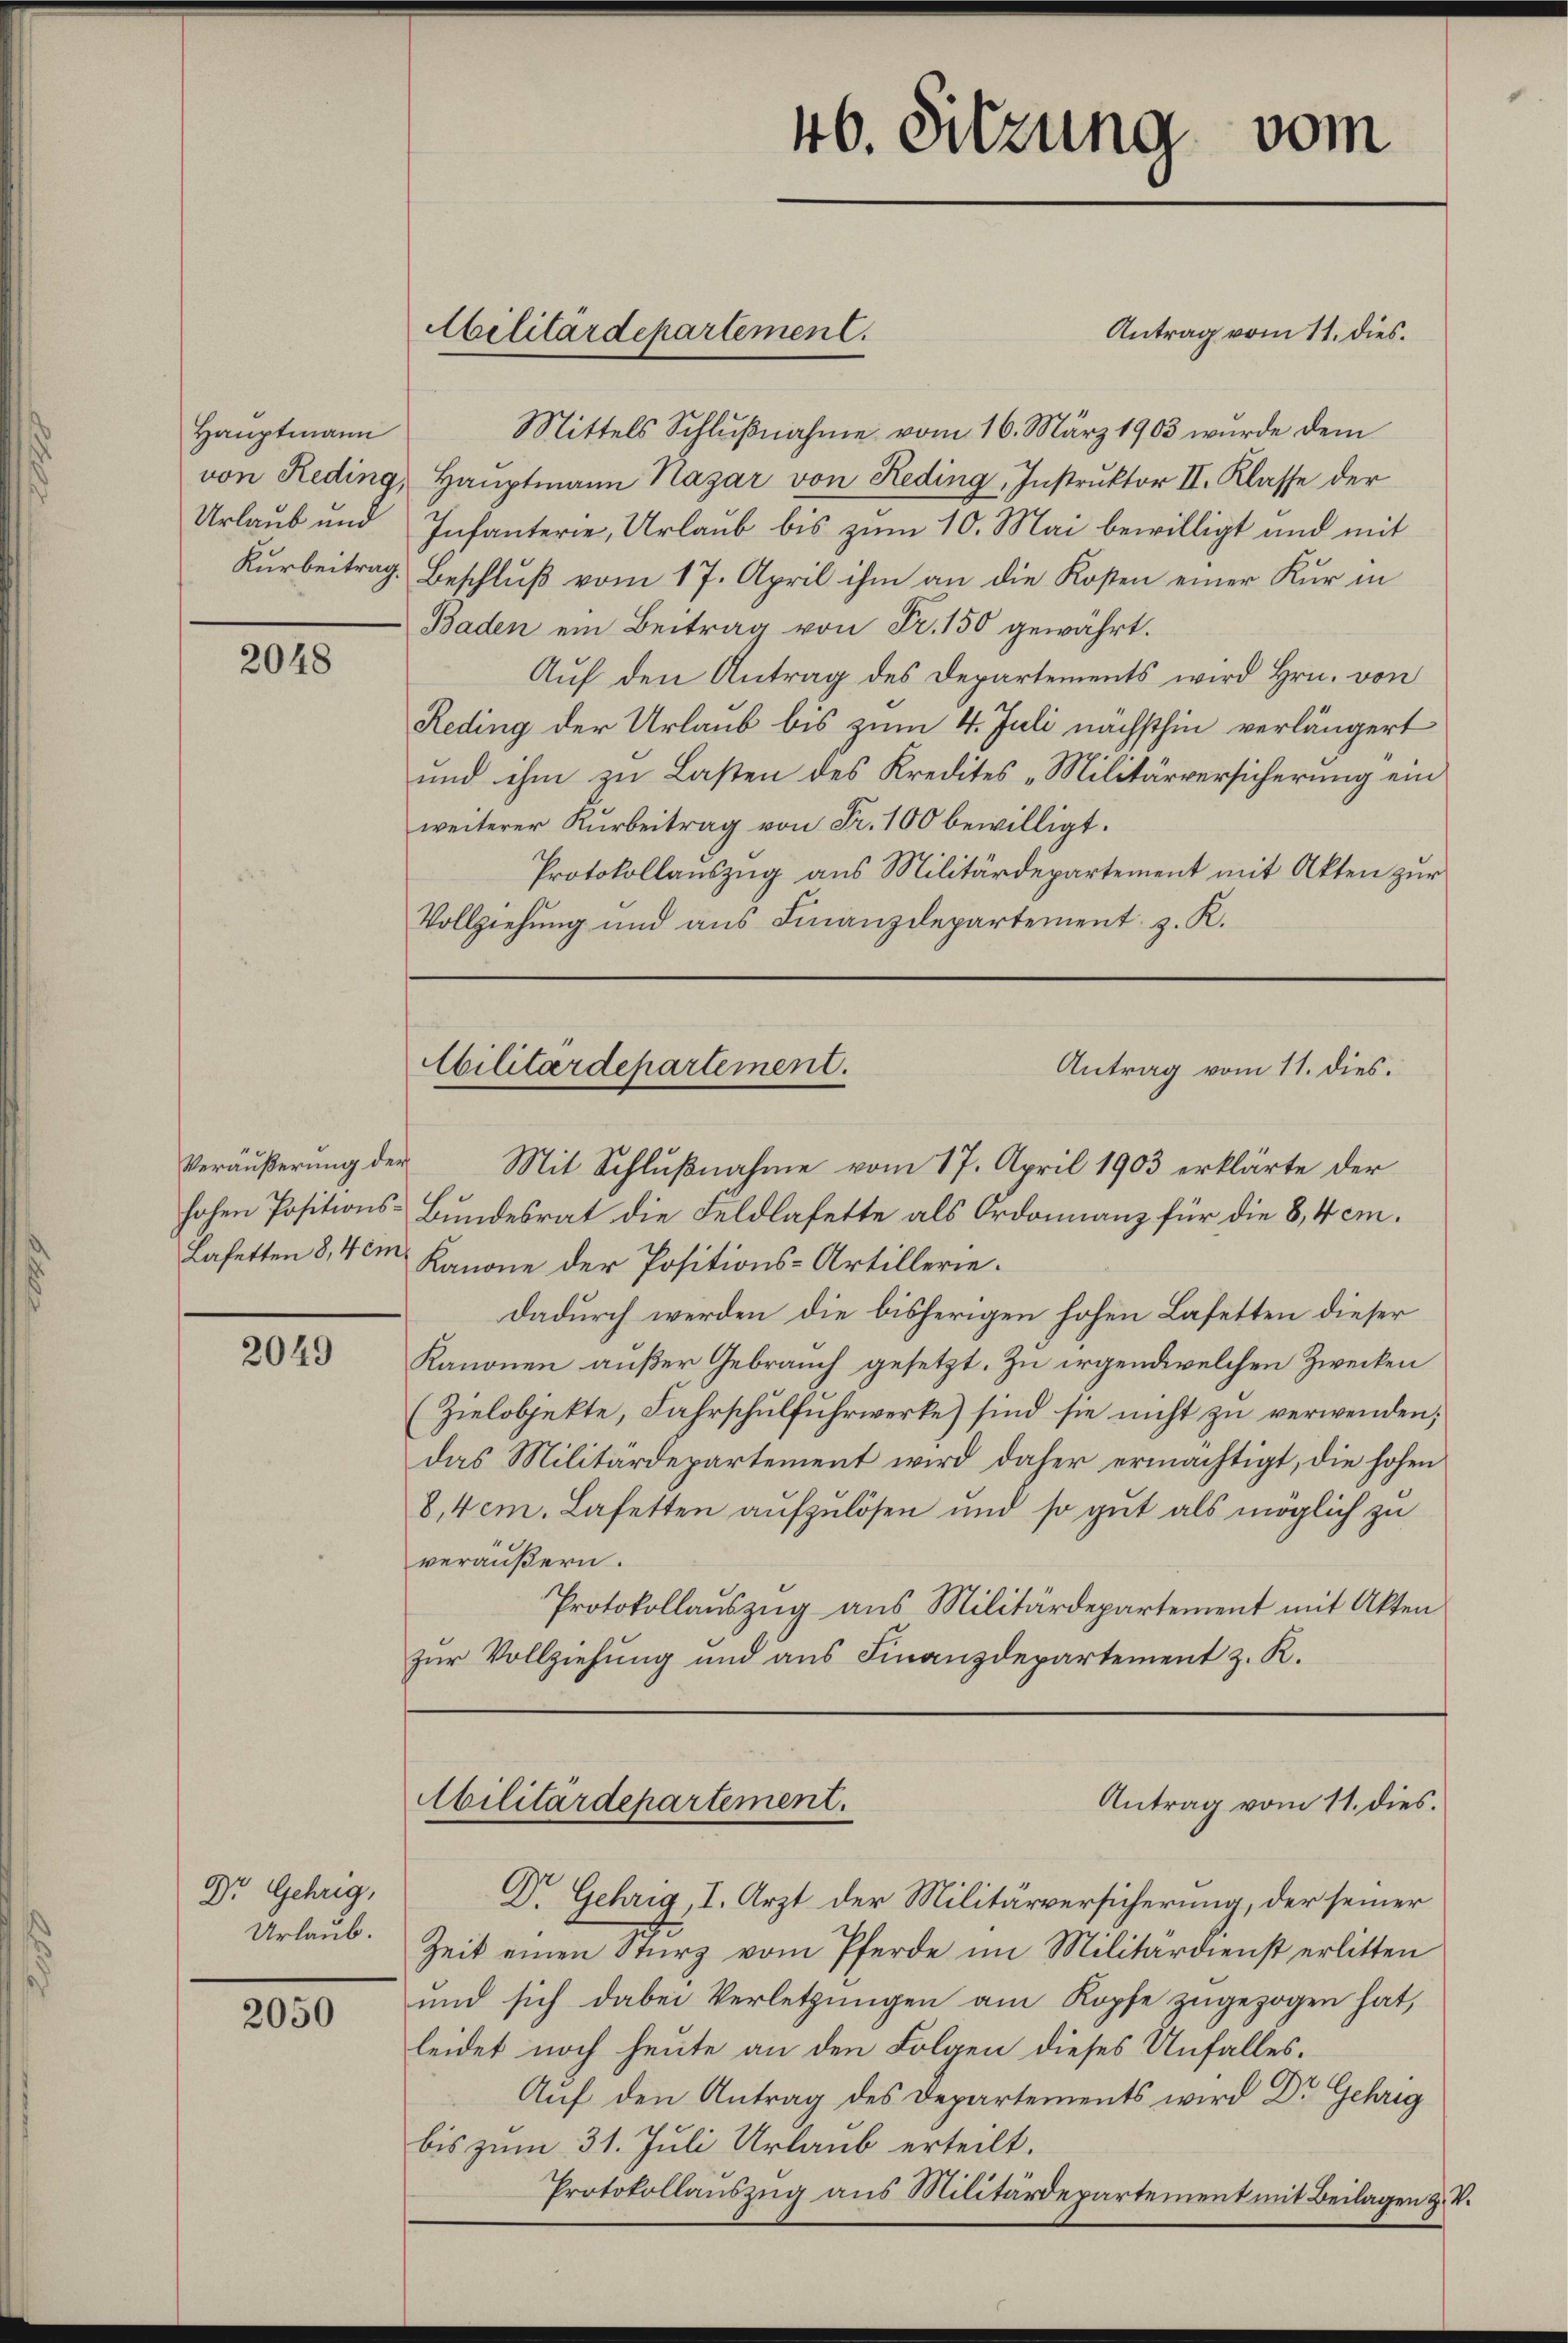
Hauptmann
Urlaub und

2048

2049

Dr. Gehrig,
Urlaub.

2050

Antrag vom 11. dies
Mittels Schlŭβnahme vom 16. März 1903 wurde dem
von Reding, Hauptmann Nazar von Reding, Instruktor II. Klasse der
Infanterie, Urlaub bis zum 10. Mai bewilligt und mit
Kurbeitrag. Beschluß vom 17. April ihm an die Kosten einer Kur in
Baden ein Beitrag von Fr. 150 gewährt.
Auf den Antrag des Departements wird Hrn. von
Reding der Urlaub bis zum 4. Juli nächsthin verlängert
und ihm zu Lasten des Kredites "Militärversicherung ein
weiterer Kurbeitrag von Fr. 100 bewilligt.
Protokollauszug aus Militärdepartement mit Akten zur
Vollziehung und aus Finanzdepartement z. K.

Militärdepartement.

Cilitärdepartement.
Antrag vom 11. dies.

Veräußerung der Mit Schlußnahme vom 17. April 1903 erklärte der
hohen Positions-Bundesrat die Feldlafette als Ordonnanz für die 8, 4 em¬
Lasetten 8,40m Kanone der Positions-Artilleriedadurch werden die bisherigen hohen Lasetten dieser
Kanonen außer Gebrauch gesetzt. Zu irgendwelchen Zwecken
(Zielobjekte, Fahrschulfuhrwerke) sind sie nicht zu verwenden;
das Militärdepartement wird daher ermächtigt, die hohen
8,4em. Lafetten aufzulösen und so gut als möglich zu
veräußern.
Protokollaŭszŭg aŭs Militärdepartement mit Akten
zur Vollziehung und aus Finanzdepartement z. R.

Abilitärdepartement.

Dr Gehrig, I. Arzt der Militärversicherung, der seiner
Zeit einen Sturz vom Pferde im Militärdienst erlitten
und sich dabei Verletzungen am Kopfe zugezogen hat,
leidet noch heute an den Folgen dieses Unfalles.
Auf den Antrag des Departements wird Dr. Gehrig
bis zum 31. Juli Urlaub erteilt.
Protokollauszug aus Militärdepartement mit Beilagen z. B.

46. Sitzung vom

Antrag vom 11. dies.